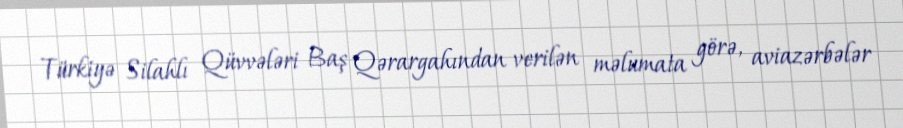
Türkiyə Silahlı Qüvvələri Baş Qərargahından verilən məlumata görə, aviazərbələr